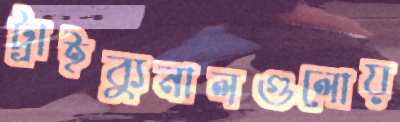
ট্রাইব্যুনালগুলোয়